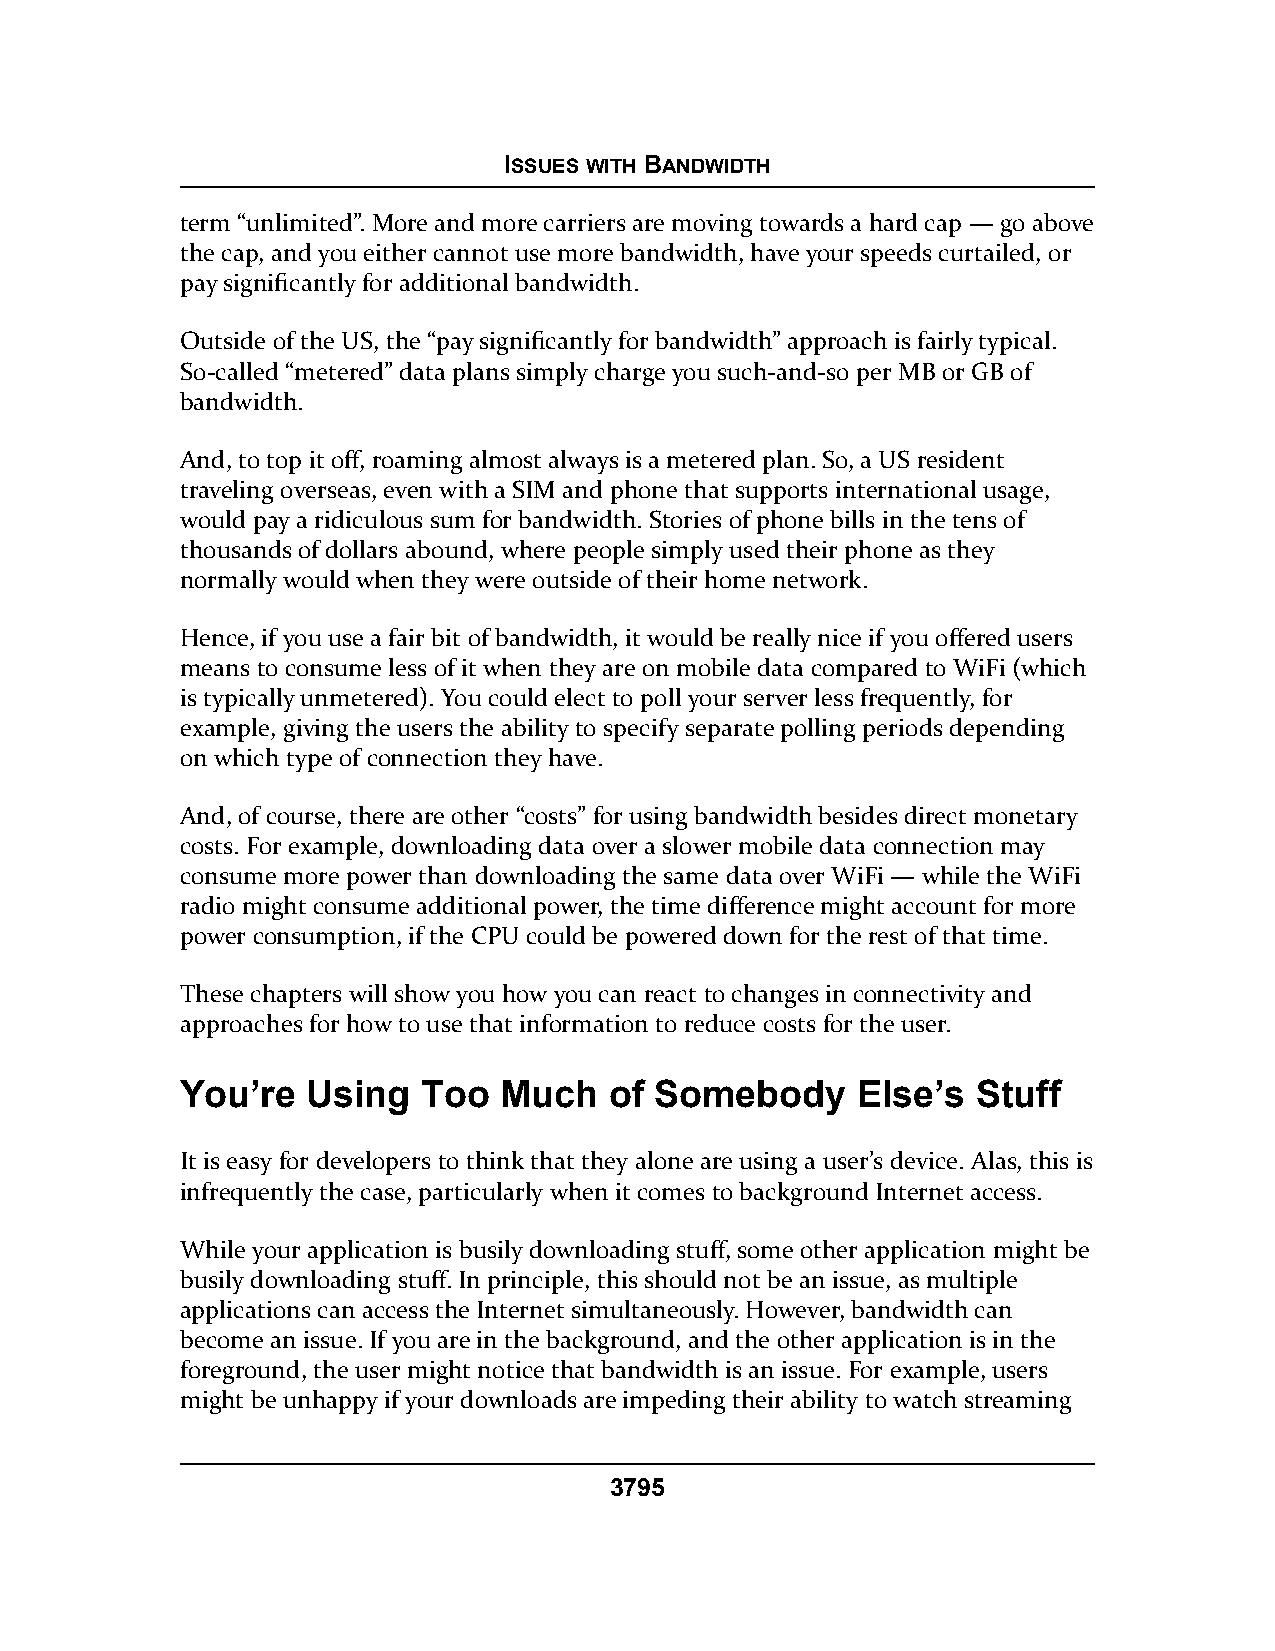
ISSUES WITH BANDWIDTH
 term “unlimited”. More and more carriers are moving towards a hard cap — go above
 the cap, and you either cannot use more bandwidth, have your speeds curtailed, or
 pay significantly for additional bandwidth.
 Outside of the US, the “pay significantly for bandwidth” approach is fairly typical.
 So-called “metered” data plans simply charge you such-and-so per MB or GB of
 bandwidth.
 And, to top it off, roaming almost always is a metered plan. So, a US resident
 traveling overseas, even with a SIM and phone that supports international usage,
 would pay a ridiculous sum for bandwidth. Stories of phone bills in the tens of
 thousands of dollars abound, where people simply used their phone as they
 normally would when they were outside of their home network.
 Hence, if you use a fair bit of bandwidth, it would be really nice if you offered users
 means to consume less of it when they are on mobile data compared to WiFi (which
 is typically unmetered). You could elect to poll your server less frequently, for
 example, giving the users the ability to specify separate polling periods depending
 on which type of connection they have.
 And, of course, there are other “costs” for using bandwidth besides direct monetary
 costs. For example, downloading data over a slower mobile data connection may
 consume more power than downloading the same data over WiFi — while the WiFi
 radio might consume additional power, the time difference might account for more
 power consumption, if the CPU could be powered down for the rest of that time.
 These chapters will show you how you can react to changes in connectivity and
 approaches for how to use that information to reduce costs for the user.
 You’re  Using   Too  Much   of Somebody      Else’s  Stuff
 It is easy for developers to think that they alone are using a user’s device. Alas, this is
 infrequently the case, particularly when it comes to background Internet access.
 While your application is busily downloading stuff, some other application might be
 busily downloading stuff. In principle, this should not be an issue, as multiple
 applications can access the Internet simultaneously. However, bandwidth can
 become an issue. If you are in the background, and the other application is in the
 foreground, the user might notice that bandwidth is an issue. For example, users
 might be unhappy if your downloads are impeding their ability to watch streaming
 3795